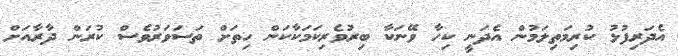
އެދަރިފުޅު ކުރިމަތިލަމުން އެދަނީ ކިހާ ވޭނަކާ ބިރުވެރިކަމަކާކަން ހިތަށް ތަސަވަރުވެސް ކުރަން ދާރާއަށް